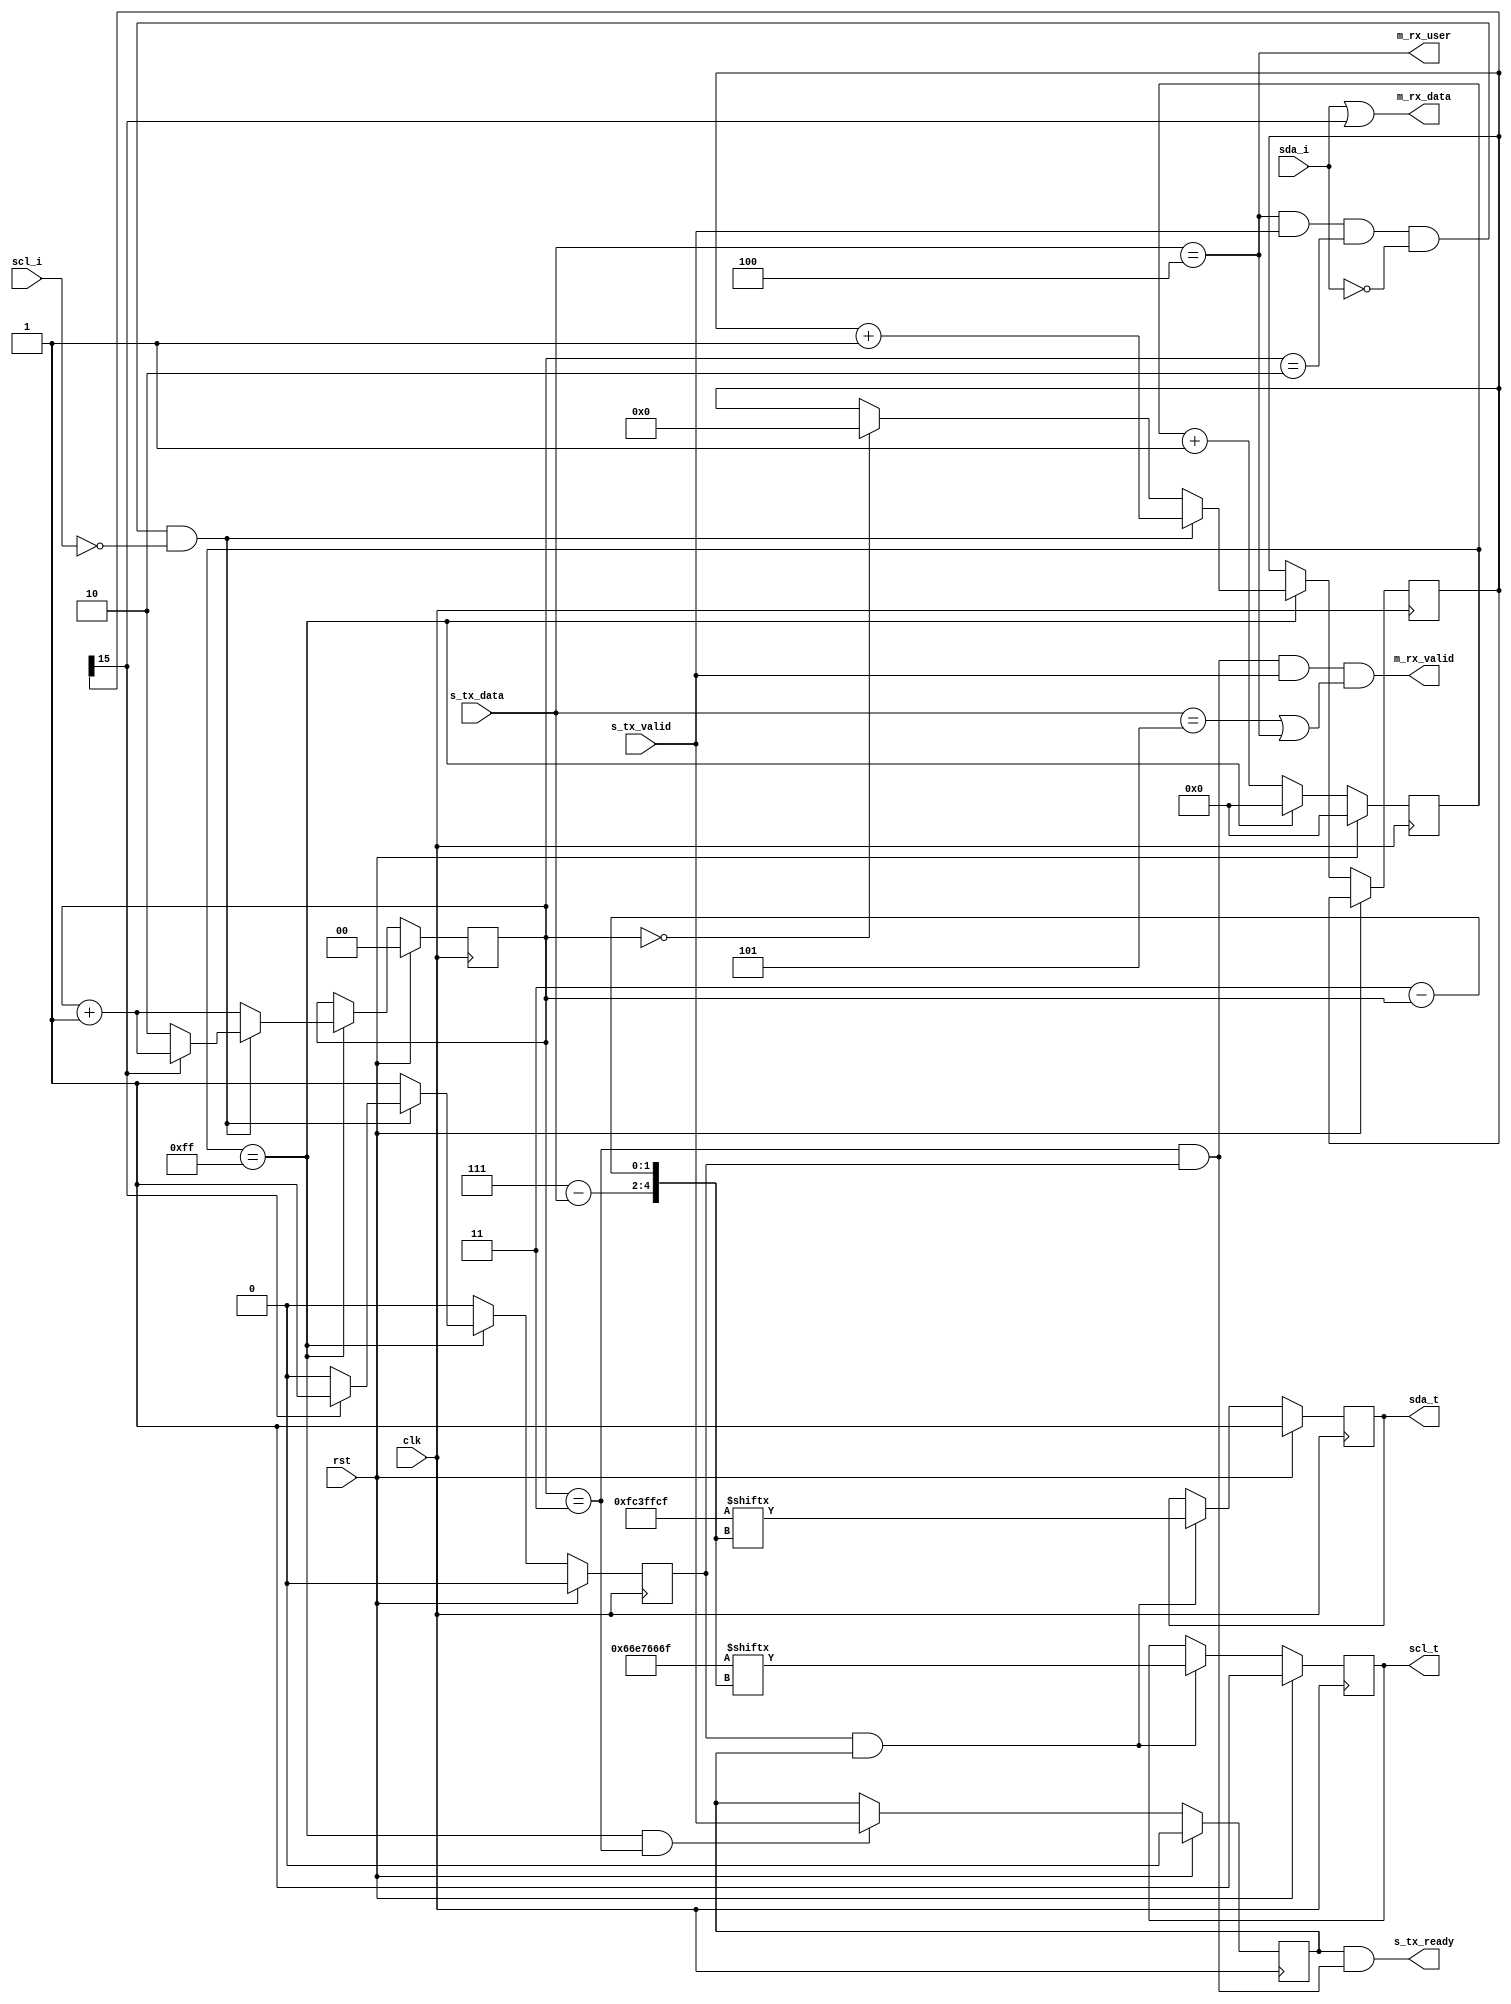
// SPDX-License-Identifier: CERN-OHL-P
//
// Copyright 2022-2024 Wavelet Lab
//
//
module axis_i2c_sphy #(
    parameter CLOCK_DIV = 256,
    parameter CLOCK_DIV_BITS = $clog2(CLOCK_DIV),
    parameter CLOCK_STRETCHING = 1'b1,
    parameter STRETCH_TIMEOUT_BITS = 15
)(
    input clk,
    input rst,

    // I2C drive
    input      sda_i,
    output reg sda_t,
    input      scl_i, // For clock stretching
    output reg scl_t,

    //
    input       s_tx_valid,
    output      s_tx_ready,
    input [2:0] s_tx_data,

    // Data bit
    output      m_rx_valid,
    output      m_rx_data,
    output      m_rx_user
);

localparam [2:0]
    PHY_D0    = 3'd0,
    PHY_D1    = 3'd1,
    PHY_START = 3'd2,
    PHY_STOP  = 3'd3,
    PHY_ACK   = 3'd4,
    PHY_RX    = 3'd5,
    PHY_RS    = 3'd6,
    PHY_IDLE  = 3'd7;

localparam [1:0]
    CLOCK_PH_0   = 2'd0,
    CLOCK_PH_90  = 2'd1,
    CLOCK_PH_180 = 2'd2,
    CLOCK_PH_270 = 2'd3;

// Clock phases                ENCODED
//      0 1 2 3  ________
// SDA  ________/        X    0000 | 1111
//         ___  |   ___  |                 => D0 | D1  example encoding
// SCL  __/   \_|__/   \_|    0110 | 0110
//
//                               D0   D1  STRT STOP ACK   RX   RS  IDLE
localparam [31:0] SDA_ROM = 32'b0000_1111_1100_0011_1111_1111_1100_1111;
localparam [31:0] SCL_ROM = 32'b0110_0110_1110_0111_0110_0110_0110_1111;

wire        valid = s_tx_valid;
wire [2:0]  state = s_tx_data;
reg  [1:0]  phase;
reg         clk_strobe;
wire [4:0]  rom_idx;
reg         active;

assign rom_idx[4:2] = 3'd7 - state;
assign rom_idx[1:0] = 2'd3 - phase;

always @(posedge clk) begin
    if (rst) begin
        sda_t <= 1'b1;
        scl_t <= 1'b1;
    end else begin
        if (clk_strobe && active) begin
            sda_t <= SDA_ROM[rom_idx];
            scl_t <= SCL_ROM[rom_idx];
        end
    end
end

reg [STRETCH_TIMEOUT_BITS:0] watchdog;
reg [CLOCK_DIV_BITS-1:0] clkdiv;
always @(posedge clk) begin
    if (rst) begin
        clkdiv      <= 0;
        phase       <= 2'b0;
        clk_strobe  <= 1'b0;
        active      <= 1'b0;

    end else begin
        clk_strobe  <= 1'b0;
        clkdiv      <= clkdiv + 1'b1;
        if (clkdiv == (CLOCK_DIV - 1)) begin
            clkdiv     <= 0;

            if (CLOCK_STRETCHING && phase == CLOCK_PH_0) begin
                watchdog    <= 0;
            end

            phase      <= phase + 1'b1;
            clk_strobe <= 1'b1;

            if (CLOCK_STRETCHING && state == PHY_ACK && valid && phase == CLOCK_PH_180 && sda_i == 1'b0 && scl_i == 1'b0) begin
                watchdog   <= watchdog + 1'b1;

                if (!watchdog[STRETCH_TIMEOUT_BITS]) begin
                    phase      <= CLOCK_PH_180;
                    clk_strobe <= 1'b0;
                end
            end
        end

        if ((clkdiv == (CLOCK_DIV - 1)) && phase == CLOCK_PH_270) begin
            active   <= valid;
        end
    end
end

wire transfer_end = (phase == CLOCK_PH_270) && clk_strobe;
assign s_tx_ready = active && transfer_end;

assign m_rx_data  = sda_i || (CLOCK_STRETCHING && watchdog[STRETCH_TIMEOUT_BITS]);
assign m_rx_valid = transfer_end && valid && (state == PHY_RX || state == PHY_ACK);
assign m_rx_user  = (state == PHY_ACK);


endmodule